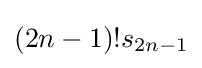
(2n-1)!s_{2n-1}